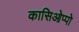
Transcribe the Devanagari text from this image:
कासिओप्पो